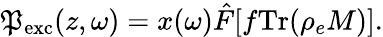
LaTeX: \mathfrak{P}_{\mathrm{{exc}}}(z,\omega)=x(\omega)\hat{{F}}[f\mathrm{{Tr}}(\rho_{e}M)].